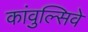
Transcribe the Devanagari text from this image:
कांवुल्सिवे